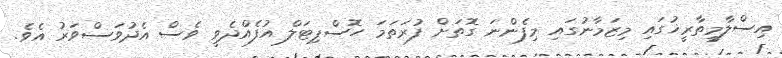
އިސްލާމީތާރީޚުގައި މިޒަމާނުގައި މިފެންނަ ގޮތަށް ފުރަތަމަ ހޮސްޕިޓަލް އުފެއްދެވީ ވެސް އެދުވަސްވަރު އެވެ.